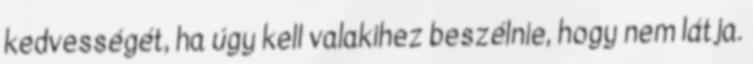
kedvességét, ha úgy kell valakihez beszélnie, hogy nem látja.